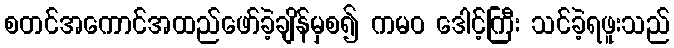
စတင်အကောင်အထည်ဖော်ခဲ့ချိန်မှစ၍ ကမဝ ဒေါင့်ကြီး သင်ခဲ့ရဖူးသည်